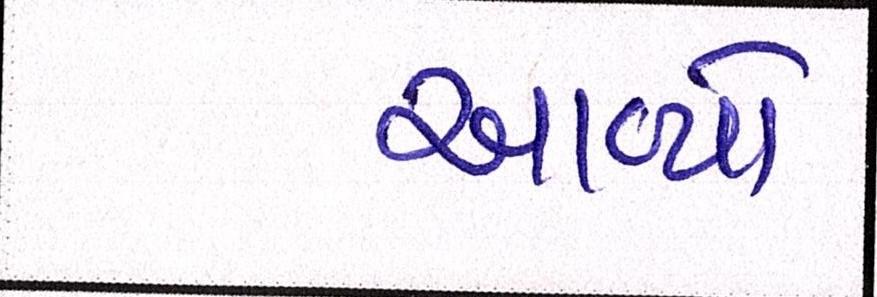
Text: આવ્યો